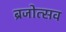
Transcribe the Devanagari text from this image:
ब्रजोत्सव